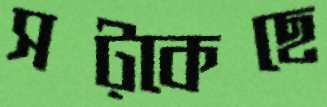
সট্‌কেছে